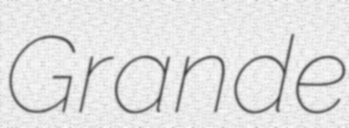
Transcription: Grande